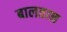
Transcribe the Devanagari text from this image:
बालतान